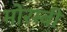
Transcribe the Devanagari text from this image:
मोरम्बी